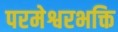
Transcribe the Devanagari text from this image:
परमेश्वरभक्ति